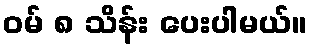
ဝမ် ၈ သိန်း ပေးပါမယ်။